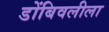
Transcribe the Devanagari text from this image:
डोंबिवलीला